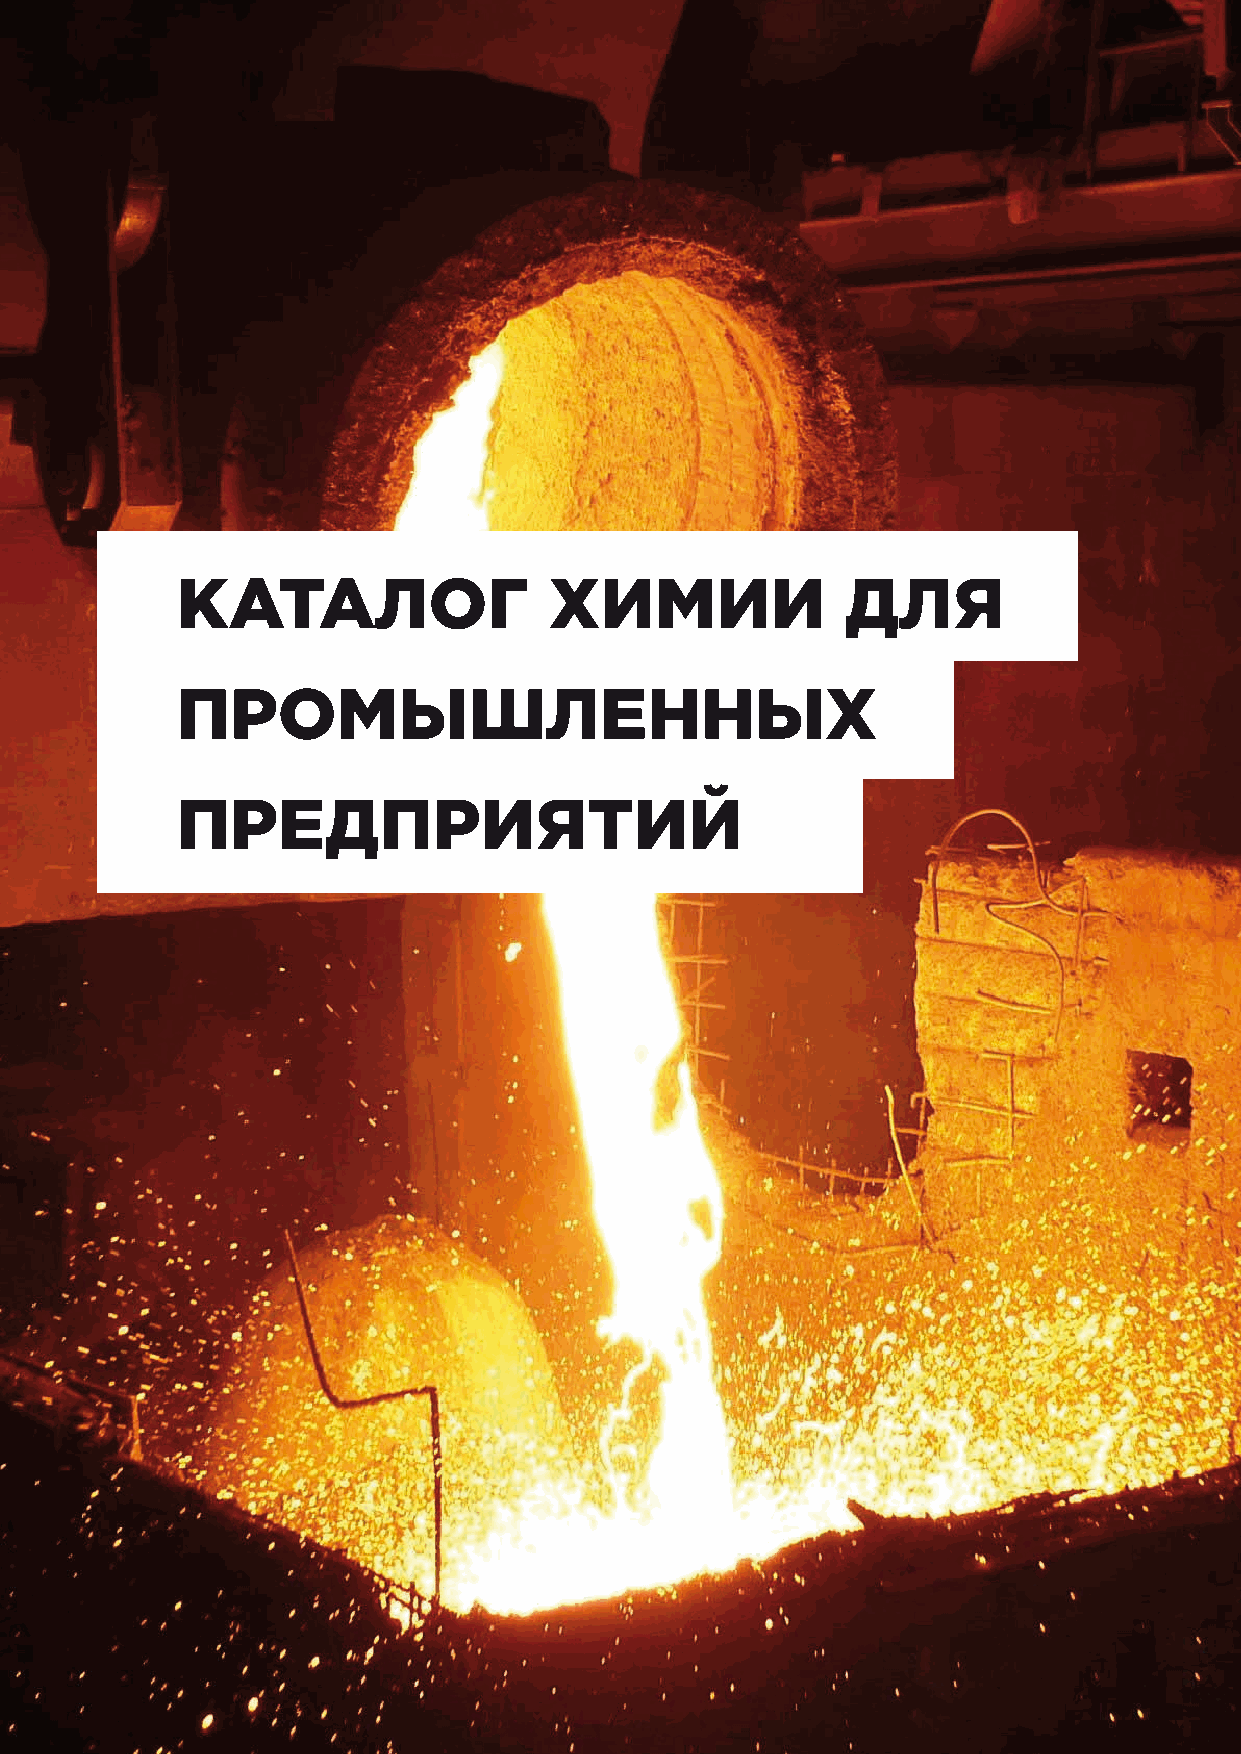
КАТАЛОГ                 ХИМИИ               ДЛЯ
 ПРОМЫШЛЕННЫХ
 ПРЕДПРИЯТИЙ